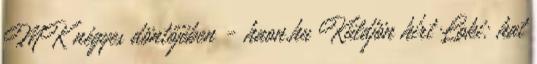
MK négyes döntőjében - haon.hu Küldjön hírt Loki: hat